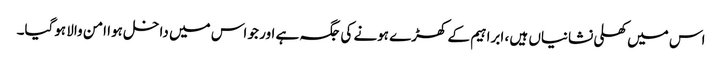
اس میں کھلی نشانیاں ہیں ، ابراہیم کے کھڑے ہونے کی جگہ ہے اور جو اس میں داخل ہوا امن والا ہوگیا۔